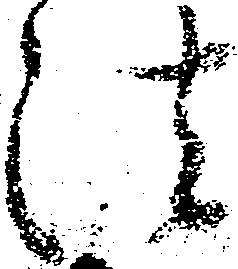
法